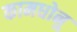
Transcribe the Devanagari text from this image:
कामधोनु